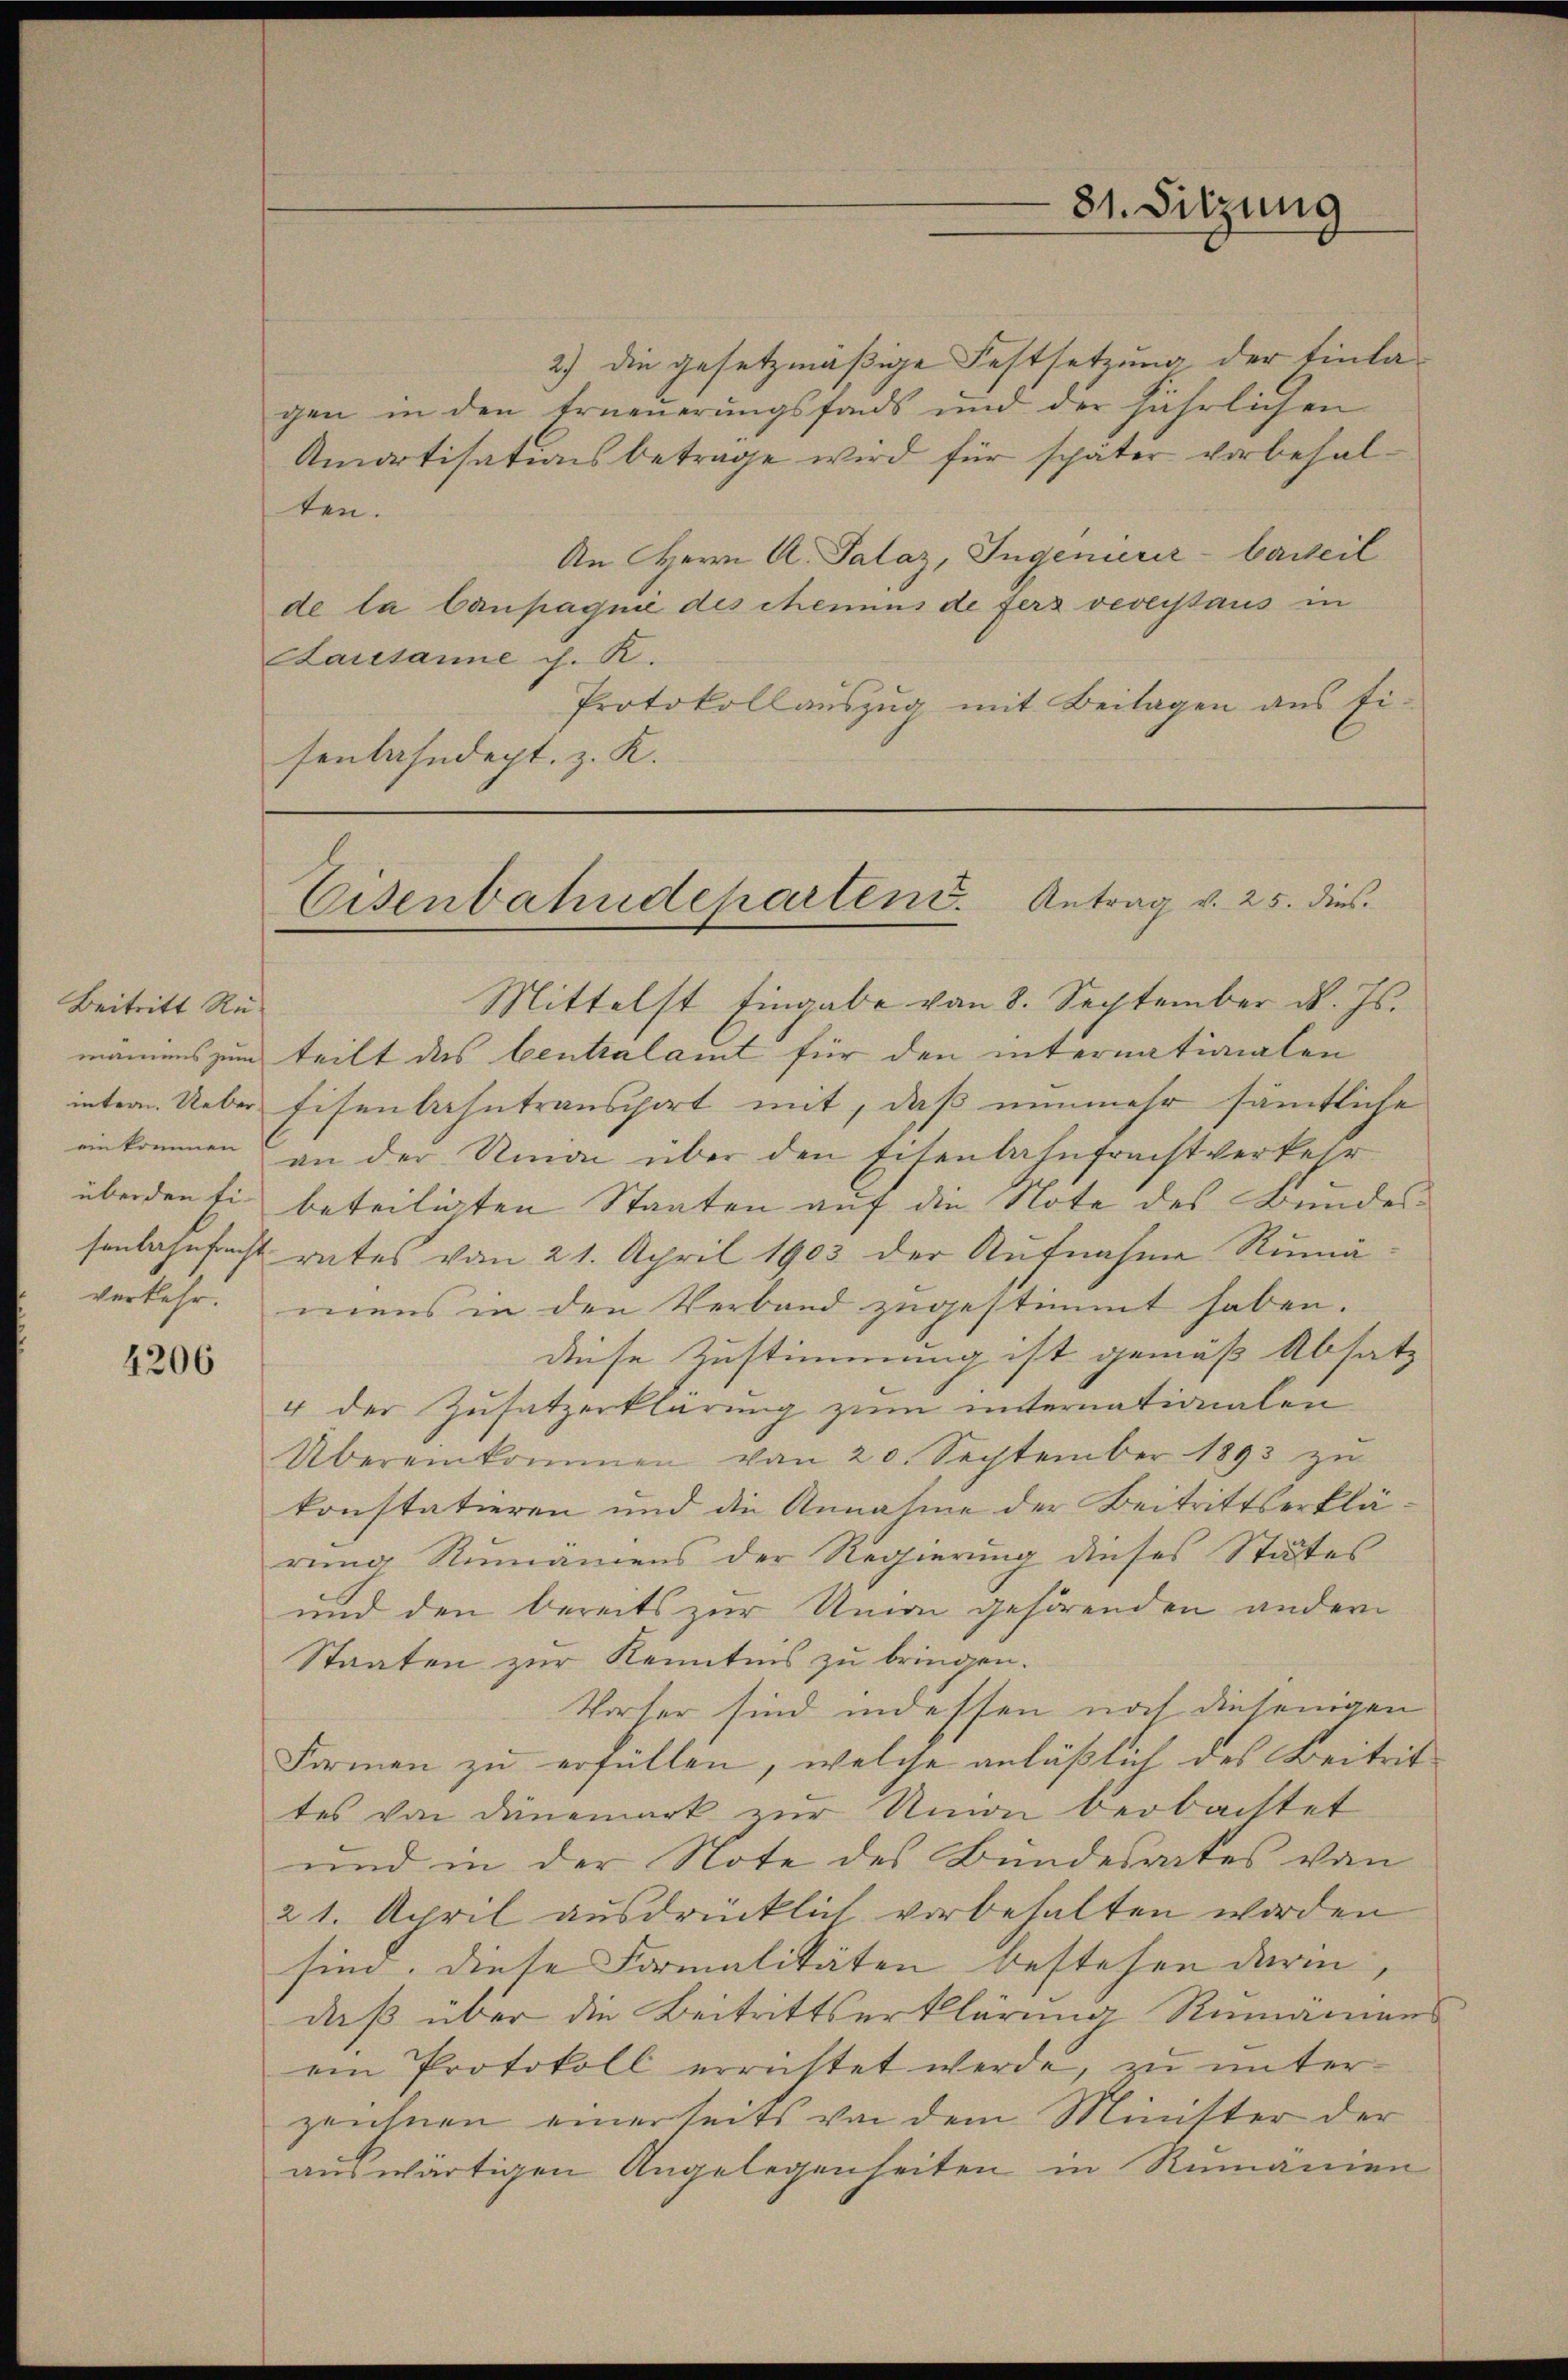
Beitritt Rusenbahnfrücht

4206

81. Sitzung

2) die gesetzmäßige Festsetzung der Einlagen in den Erneuerungsfonds und der jährlichen
Amortisationsbetrage wird für später vorbehalten.
An Herrn A. Palaz, Ingenierer-Caweil
de la Campagnie des chemnus de fers vereitaus in
Kausanne d. R.
Protokollauszug mit Beilagen aus fisenbahndept. z. K.

Eisenbahndeparten. Antrag v. 25. dies

Mittelst Eingabe von 8. September d. Js.
mäniens zum teilt des Centralamt für den internationalen
inter Ueber Eisenbahntransport mit, daß nunmehr sämtliche
einkommen an der Amon über den Eisenbahnfracht verkehr
überden Ei beteiligten Staaten auf die Note des Bundesrates vom 21. April 1903 der Aufnahme Rumäverkehr. mens in den Verband zugestimmt haben.
diese Zustimmung ist gemäß Absatz
4 der Zusatzerklärung zum unternationalen
Übereinkommen von 20. September 1893 zŭ
konstatieren und die Annahme der Beitrittserklärung Rumäniens der Regierung dieses Stutes
und den bereits zur Union gehörenden andern
Staaten zur Kenntnis zu bringen.
Vorter sind indessen noch diejenigen
Formen zu erfüllen, welche anläßlich des Beitrit
tes von Dänemark zur Union beobachtet
und in der Note des Bundesrates von
21. April ausdrücklich vorbehalten worden
sind. Diese Formalitäten bestehen darin,
daß über die Beitrittserklärung Rumäniens
ein Protokoll errichtet werde, zu unterzeichnen einerseits von dem Minister der
auswärtigen Angelegenheiten in Rumanien